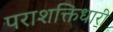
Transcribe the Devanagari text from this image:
पराशक्तिधारी